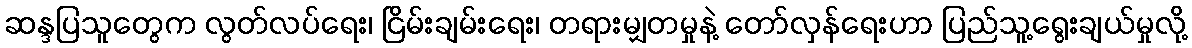
ဆန္ဒပြသူတွေက လွတ်လပ်ရေး၊ ငြိမ်းချမ်းရေး၊ တရားမျှတမှုနဲ့ တော်လှန်ရေးဟာ ပြည်သူ့ရွေးချယ်မှုလို့